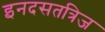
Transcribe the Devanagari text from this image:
इनदसतत्रिज